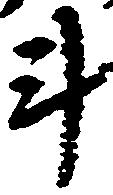
斗